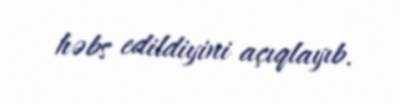
həbs edildiyini açıqlayıb.